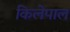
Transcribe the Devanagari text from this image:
किलेपाल